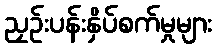
ညှဉ်းပန်းနှိပ်စက်မှုများ